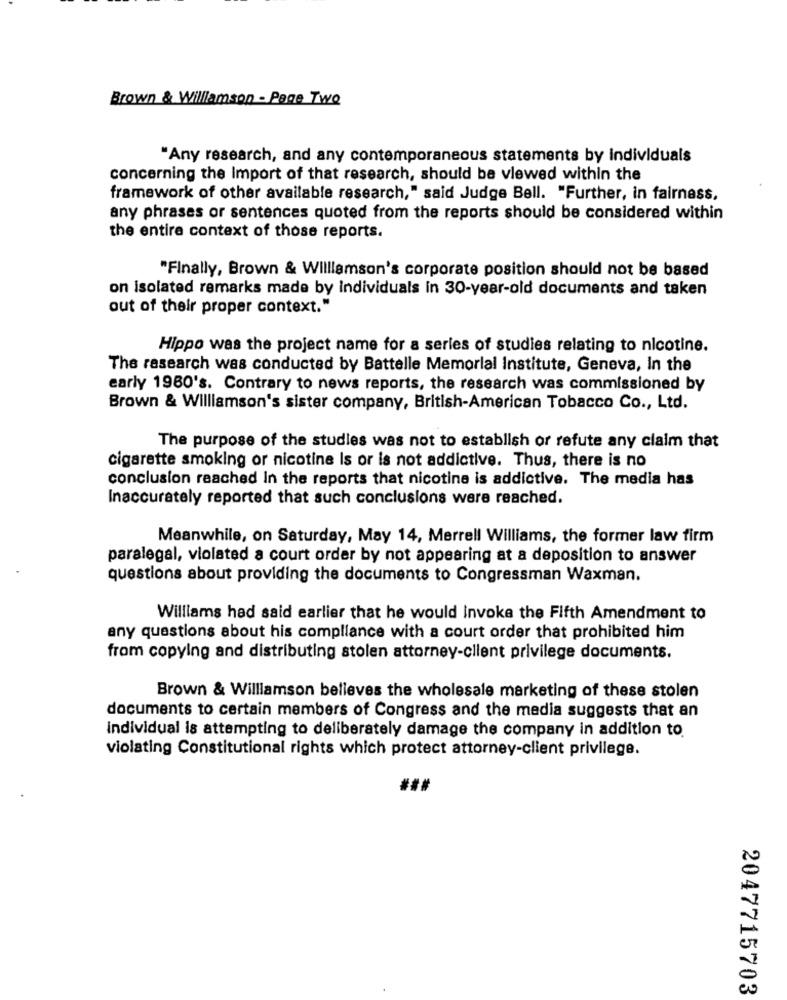
Brown & Williamson - Page Two
"Any research, and any contemporaneous statements by individuals
concerning the Import of that research, should be viewed within the
framework of other available research," said Judge Bell. "Further, in fairness,
any phrases or sentences quoted from the reports should be considered within
the entire context of those reports.
"Finally, Brown & Williamson's corporate position should not be based
on isolated remarks made by individuals in 30-year-old documents and taken
out of their proper context."
Hippo was the project name for a series of studies relating to nicotine.
The research was conducted by Battelle Memorial Institute, Geneva, In the
early 1960's. Contrary to news reports, the research was commissioned by
Brown & Williamson's sister company, British-American Tobacco Co ., Ltd.
The purpose of the studies was not to establish or refute any claim that
cigarette smoking or nicotine is or is not addictive. Thus, there is no
conclusion reached In the reports that nicotine is addictive. The media has
Inaccurately reported that such conclusions were reached.
Meanwhile, on Saturday, May 14, Merrell Williams, the former law firm
paralegal, violated a court order by not appearing at a deposition to answer
questions about providing the documents to Congressman Waxman.
Williams had said earlier that he would Invoke the Fifth Amendment to
any questions about his compliance with a court order that prohibited him
from copying and distributing stolen attorney-client privilege documents.
Brown & Williamson believes the wholesale marketing of these stolen
documents to certain members of Congress and the media suggests that an
individual is attempting to deliberately damage the company in addition to.
violating Constitutional rights which protect attorney-client privilege.
2047715703